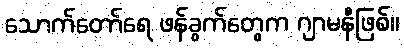
သောက်တော်ရေ ဖန်ခွက်တွေက ဂျာမနီဖြစ်။